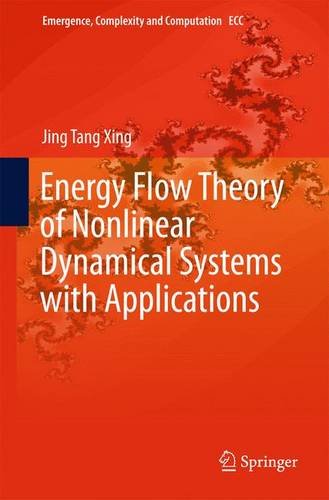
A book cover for Energy Flow Theory of Nonlinear Dynamical Systems with Applications (Emergence, Complexity and Computation); Jing Tang Xing; Science & Math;